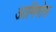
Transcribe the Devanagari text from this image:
आमिगोस